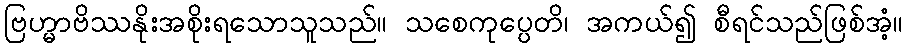
ဗြဟ္မာဗိဿနိုးအစိုးရသောသူသည်။ သစေကုပ္ပေတိ၊ အကယ်၍ စီရင်သည်ဖြစ်အံ့။